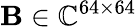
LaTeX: \mathbf{B}\in\mathbb{C}^{64\times 64}